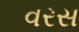
વરસ